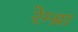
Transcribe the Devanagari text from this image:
रेम्ब्रा